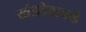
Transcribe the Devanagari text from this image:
खंडदेवाकडे